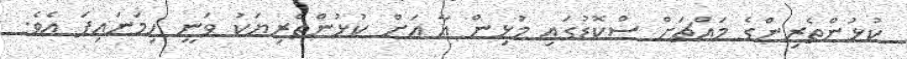
ކުޅުންތެރިންގެ މައްޗަށް ސްކޮޑުގައި މުޅިން އާ އަށް ކުޅުންތެރިޔަކު ވަނީ ހިމަނައިފަ އެވެ.